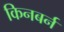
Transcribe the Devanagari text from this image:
किनबर्न